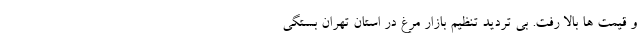
و قیمت ها بالا رفت. بی تردید تنظیم بازار مرغ در استان تهران بستگی